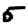
Digit: 5